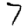
Digit: 7